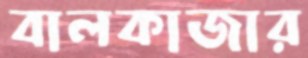
বালকাজার